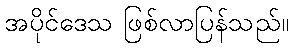
အပိုင်ဒေသ ဖြစ်လာပြန်သည်။